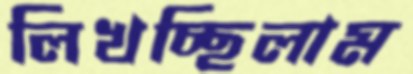
লিখচ্ছিলাম